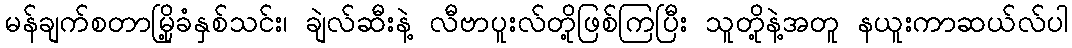
မန်ချက်စတာမြို့ခံနှစ်သင်း၊ ချဲလ်ဆီးနဲ့ လီဗာပူးလ်တို့ဖြစ်ကြပြီး သူတို့နဲ့အတူ နယူးကာဆယ်လ်ပါ